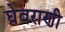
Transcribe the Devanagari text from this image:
घेवराणी